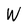
Character: W